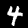
Digit: 4